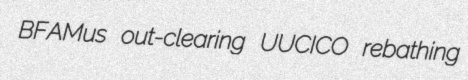
BFAMus out-clearing UUCICO rebathing